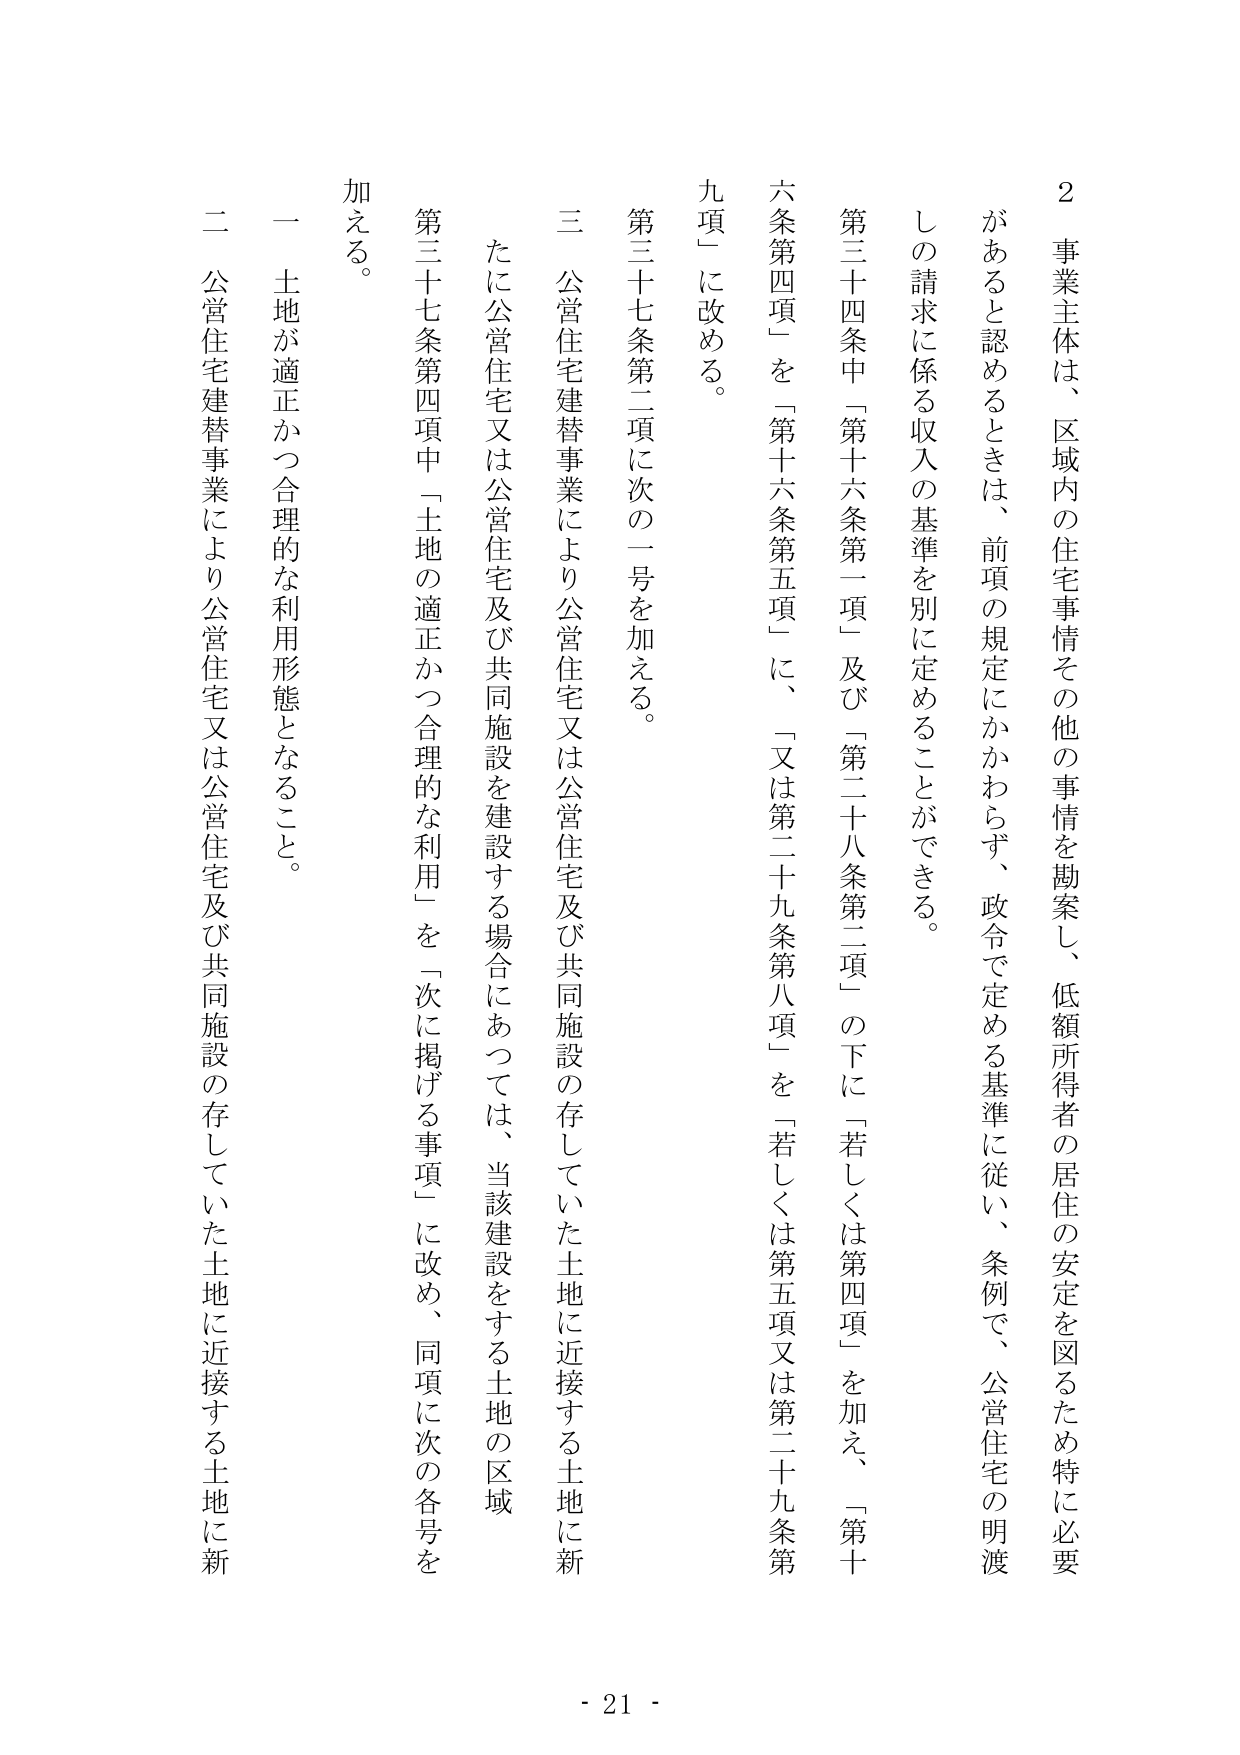
2 事業主体は、区域内の住宅事情その他の事情を勘案し、低額所得者の居住の安定を図るため特に必要があると認めるときは、前項の規定にかかわらず、政令で定める基準に従い、条例で、公営住宅の明渡しの請求に係る収入の基準を別に定めることができる。

第三十四条中「第十六条第一項」及び「第二十八条第二項」の下に「若しくは第四項」を加え、「第十条第四項」を「第十六条第五項」に、「又は第二十九条第八項」を「若しくは第五項又は第二十九条第九項」に改める。

第三十七条第二項に次の一号を加える。

三 公営住宅建替事業により公営住宅又は公営住宅及び共同施設の存していた土地に近接する土地に新たに公営住宅又は公営住宅及び共同施設を建設する場合にあっては、当該建設をする土地の区域

第三十七条第四項中「土地の適正かつ合理的な利用」を「次に掲げる事項」に改め、同項に次の各号を加える。

一 土地が適正かつ合理的な利用形態となること。

二 公営住宅建替事業により公営住宅又は公営住宅及び共同施設の存していた土地に近接する土地に新

- 21 -